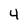
Character: 4